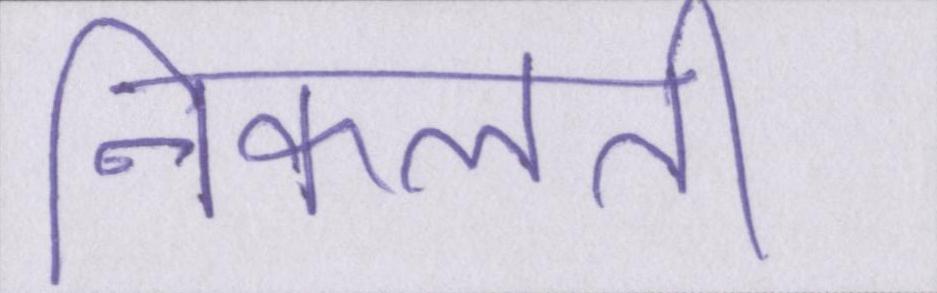
निकलती